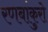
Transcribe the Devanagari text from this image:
रणबांकुरो